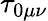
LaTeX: \tau_{0\mu\nu}